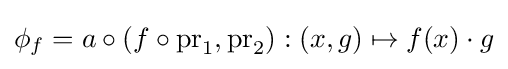
\phi _{f}=a\circ (f\circ \mathrm {pr} _{1},\mathrm {pr} _{2}):(x,g)\mapsto f(x)\cdot g